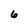
Character: 6